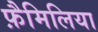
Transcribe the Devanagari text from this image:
फ़ैमिलिया